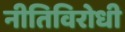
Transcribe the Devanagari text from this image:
नीतिविरोधी